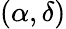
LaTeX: (\alpha,\delta)